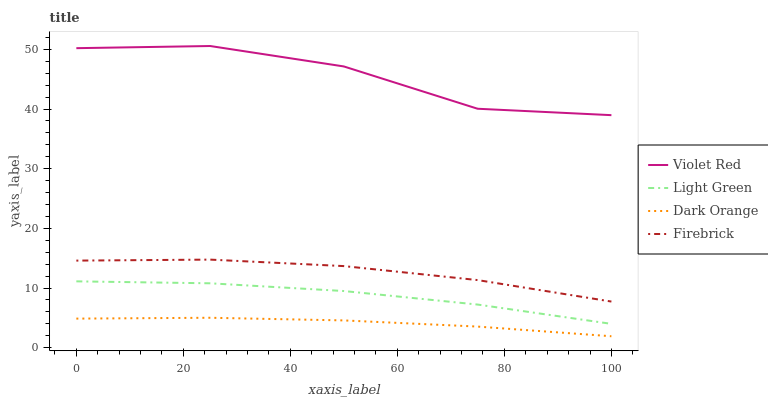
| xaxis_label | Violet Red | Light Green | Dark Orange | Firebrick |
 | --- | --- | --- | --- | --- |
 | 0 | 50.2 | 11.1 | 4.88 | 14.6 |
 | 25 | 50.6 | 10.8 | 5.02 | 14.8 |
 | 50 | 47.1 | 9.5 | 4.58 | 13.7 |
 | 75 | 40 | 7.23 | 3.54 | 11.3 |
 | 100 | 39 | 4 | 1.92 | 7.74 |